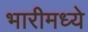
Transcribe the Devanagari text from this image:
भारीमध्ये